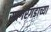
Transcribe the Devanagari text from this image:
सागरगडाच्या